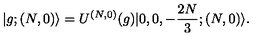
| g ; ( N , 0 ) \rangle = U ^ { ( N , 0 ) } ( g ) | 0 , 0 , - \frac { 2 N } { 3 } ; ( N , 0 ) \rangle .